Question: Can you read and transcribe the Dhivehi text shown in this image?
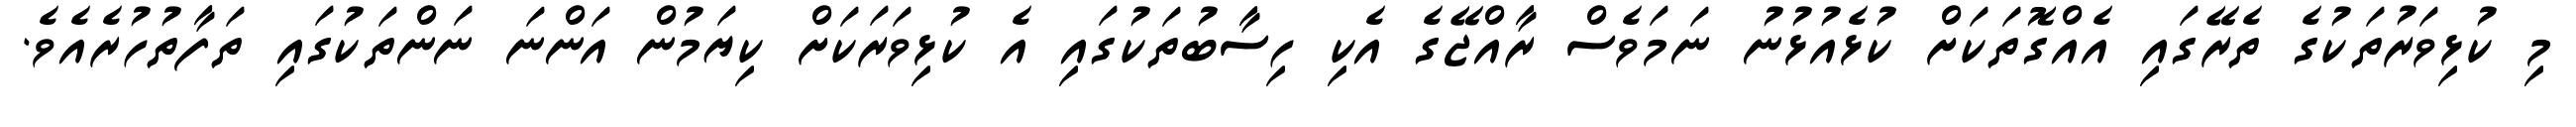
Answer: މި ކުޅިވަރުތަކުގެ ތެރޭގައި އެއްގޮތަކަށް ކުޅެއުޅުނު ނަމަވެސް ރާއްޖޭގެ އެކި ހިސާބުތަކުގައި އެ ކުޅިވަރަކަށް ކިޔަމުން އަންނަ ނަންތަކުގައި ތަފާތުހުރެއެވެ.